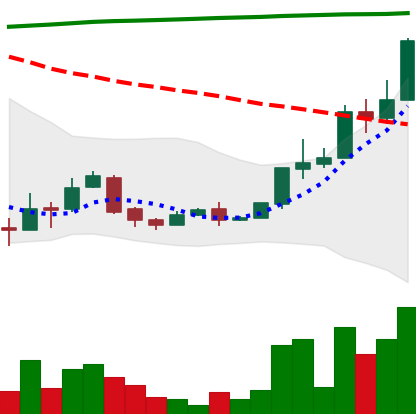
Ticker: XLM-USD
Chart end date: 2018-04-18
Forward return: 5.855%
Label: up_5_7